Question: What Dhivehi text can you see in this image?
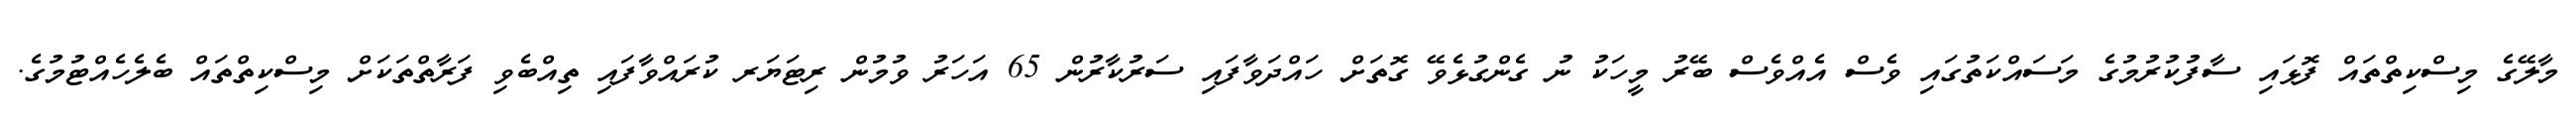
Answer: މާލޭގެ މިސްކިތްތައް ފޮޅައި ސާފުކުރުމުގެ މަސައްކަތުގައި ވެސް އެއްވެސް ބޭރު މީހަކު ނު ގެންގުޅެވޭ ގޮތަށް ހައްދަވާފައި ސަރުކާރުން 65 އަހަރު ވުމުން ރިޓަޔަރ ކުރައްވާފައި ތިއްބެވި ފަރާތްތަކަށް މިސްކިތްތައް ބެލެހެއްޓުމުގެ.